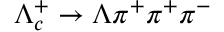
\Lambda _ { c } ^ { + } \to \Lambda \pi ^ { + } \pi ^ { + } \pi ^ { - }